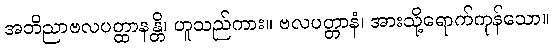
အဘိညာဗလပတ္ထာနန္တိ၊ ဟူသည်ကား။ ဗလပတ္တာနံ၊ အားသို့ရောက်ကုန်သော။